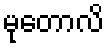
မုတောလိ